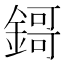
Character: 鎶